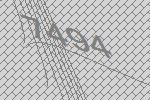
7494